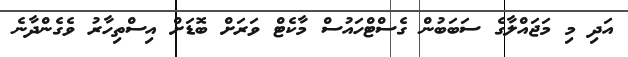
އަދި މި މަޖައްލާގެ ސަބަބުން ގެސްޓްހައުސް މާކެޓް ވަރަށް ބޮޑަށް އިސްތިހާރު ވެގެންދާނެ